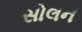
સોલન